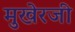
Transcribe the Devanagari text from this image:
मुखेरजी